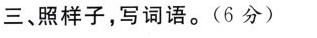
三、照样子，写词语。(6分)